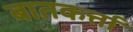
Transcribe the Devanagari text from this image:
बातकर्त्ता